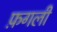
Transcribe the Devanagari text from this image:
फ़गली